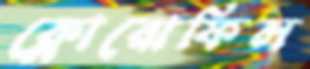
ক্লোরোফিল